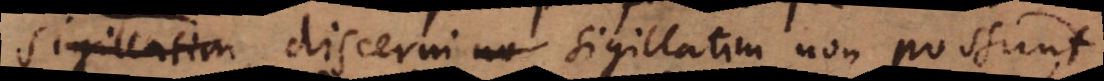
sigillatim, discerni no sigillatim non possunt